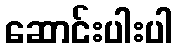
ဆောင်းပါးပါ